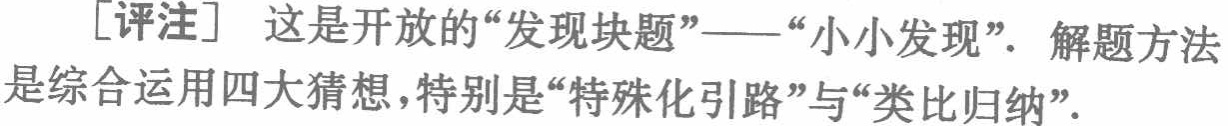
[评注] 这是开放的“发现块题”——“小小发现”．解题方法是综合运用四大猜想，特别是“特殊化引路”与“类比归纳”．